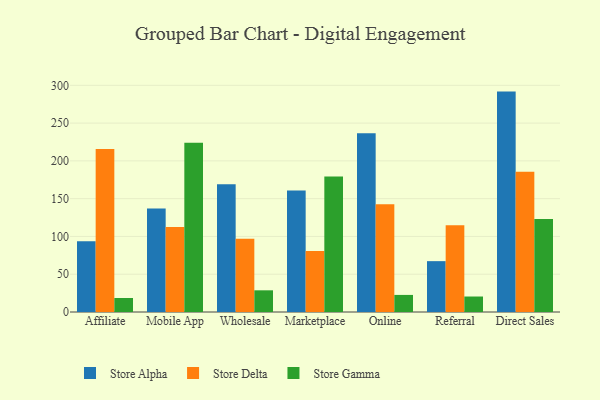
{"axis": {"x": "Channel", "y": "Latency (ms)"}, "legend": ["Store Alpha", "Store Delta", "Store Gamma"], "data": [{"x": "Affiliate", "y": 93.7, "type": "Store Alpha"}, {"x": "Affiliate", "y": 215.7, "type": "Store Delta"}, {"x": "Affiliate", "y": 18.5, "type": "Store Gamma"}, {"x": "Mobile App", "y": 137.0, "type": "Store Alpha"}, {"x": "Mobile App", "y": 112.6, "type": "Store Delta"}, {"x": "Mobile App", "y": 223.9, "type": "Store Gamma"}, {"x": "Wholesale", "y": 169.2, "type": "Store Alpha"}, {"x": "Wholesale", "y": 97.1, "type": "Store Delta"}, {"x": "Wholesale", "y": 28.7, "type": "Store Gamma"}, {"x": "Marketplace", "y": 160.7, "type": "Store Alpha"}, {"x": "Marketplace", "y": 80.8, "type": "Store Delta"}, {"x": "Marketplace", "y": 179.5, "type": "Store Gamma"}, {"x": "Online", "y": 236.7, "type": "Store Alpha"}, {"x": "Online", "y": 142.5, "type": "Store Delta"}, {"x": "Online", "y": 22.6, "type": "Store Gamma"}, {"x": "Referral", "y": 67.3, "type": "Store Alpha"}, {"x": "Referral", "y": 114.9, "type": "Store Delta"}, {"x": "Referral", "y": 20.5, "type": "Store Gamma"}, {"x": "Direct Sales", "y": 291.7, "type": "Store Alpha"}, {"x": "Direct Sales", "y": 185.6, "type": "Store Delta"}, {"x": "Direct Sales", "y": 123.0, "type": "Store Gamma"}]}